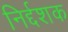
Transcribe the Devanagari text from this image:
निर्द्दशक